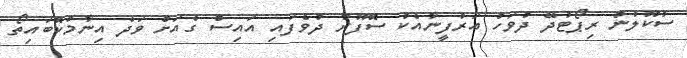
ސުކޫލުން ރިޕޯޓުދޭ ދުވަހު އަރުފީނާއެކު ސޮފޫރާ ދުވެފައި އައިސް ގެއަށް ވަދެ އިނާމުކޮބައިތޯ